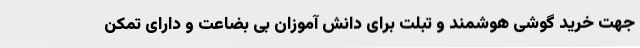
جهت خرید گوشی هوشمند و تبلت برای دانش آموزان بی بضاعت و دارای تمکن